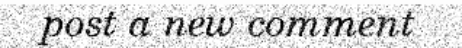
post a new comment